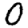
Digit: 0